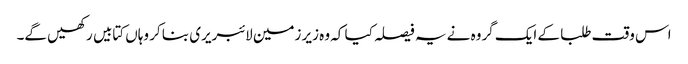
اس وقت طلبا کے ایک گروہ نے یہ فیصلہ کیا کہ وہ زیر زمین لائبریری بنا کر وہاں کتابیں رکھیں گے۔